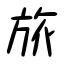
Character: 旅